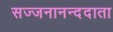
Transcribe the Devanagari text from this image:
सज्जनानन्ददाता